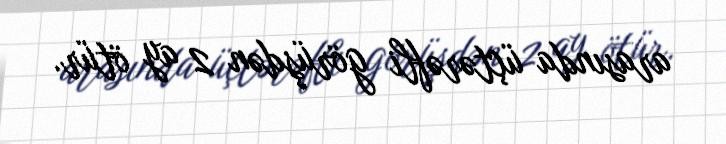
arasında üçtərəfli görüşdən 2 ay ötür.